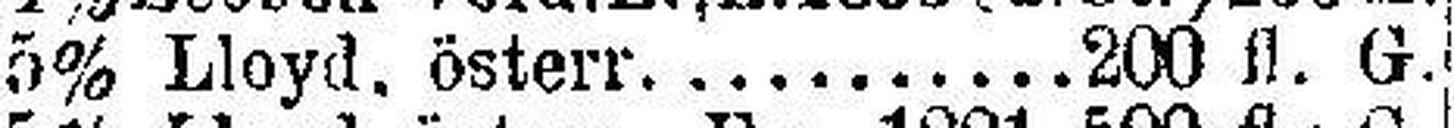
5% Lloyd. österr. 200 fl. G.